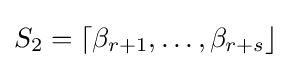
S_{2}=\lceil \beta _{r+1},\dots ,\beta _{r+s}\rfloor